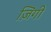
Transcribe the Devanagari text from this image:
ज़िंगी